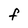
Character: F